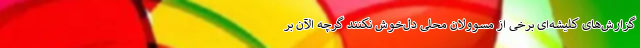
گزارش‌های کلیشه‌ای برخی از مسوولان محلی دل‌خوش نکنند گرچه الآن بر